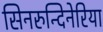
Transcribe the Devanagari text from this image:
सिनरुन्दिनेरिया